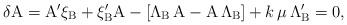
LaTeX: \begin{align*}\delta{\rm A}={\rm A}^{\prime }\xi_{\rm B} +\xi_{\rm B}^{\prime }{\rm A}-[\Lambda_{\rm B} \,{\rm A}-{\rm A\,}\Lambda_{\rm B} ]+k\,\mu \,\Lambda_{\rm B}^{\prime }= 0,\end{align*}